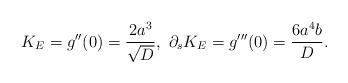
LaTeX: \begin{align*} K_E = g''(0) = \frac{2a^3}{\sqrt{D}}, \ \partial_sK_E = g'''(0) = \frac{6a^4b}{D}.\end{align*}